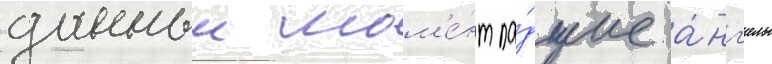
данныи мом'е́нт па́дшие а́нг'елы